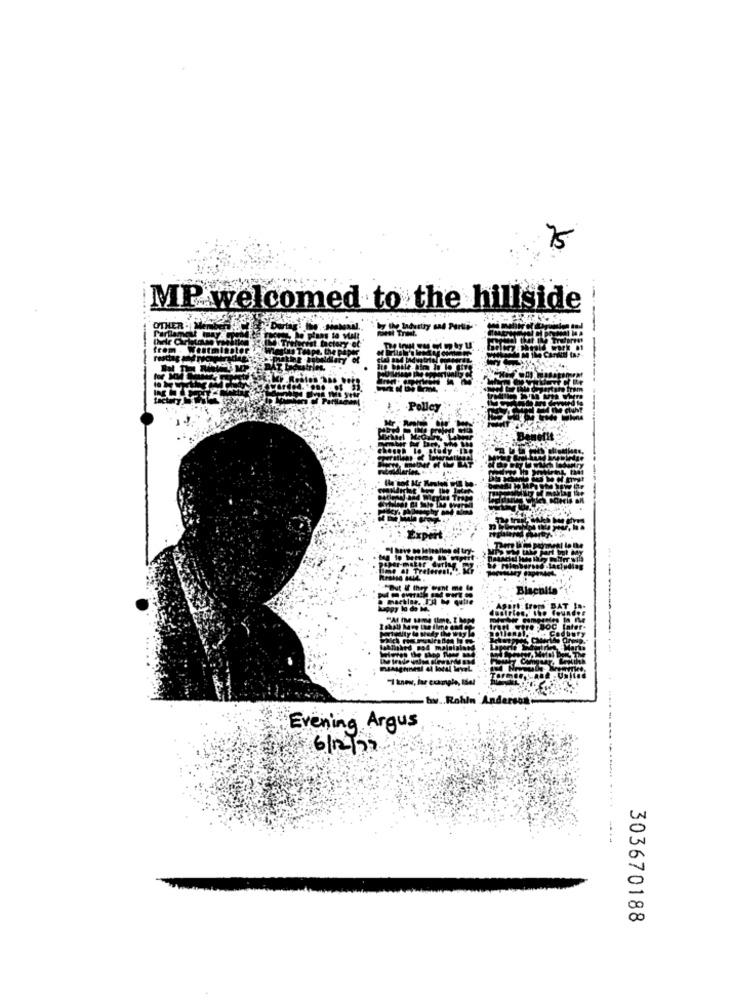
75
MP welcomed to the hillside
it hete
Policy
But If they Want me
"I knew, for example, Idel
by .. Rahln Anderson.
Evening Argus
6/12/29
- --- -...
303670188